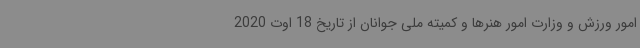
امور ورزش و وزارت امور هنرها و کمیته ملی جوانان از تاریخ 18 اوت 2020